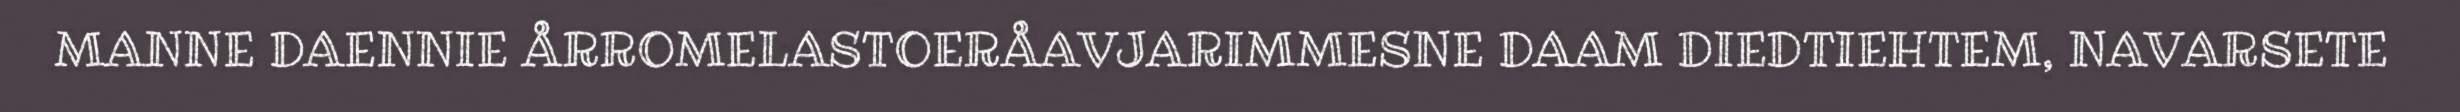
MANNE DAENNIE ÅRROMELASTOERÅAVJARIMMESNE DAAM DIEDTIEHTEM, NAVARSETE